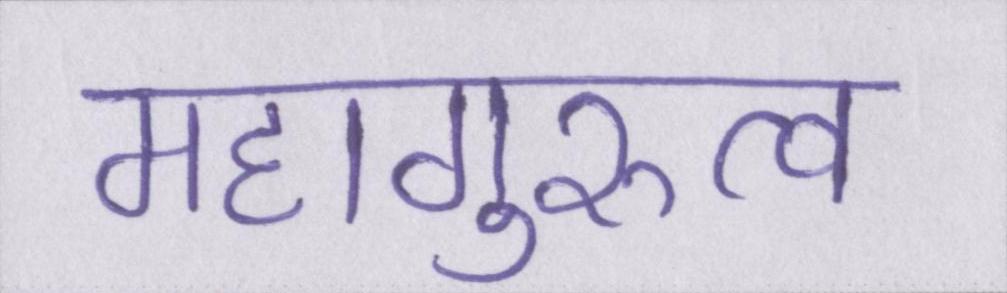
महागुरुत्व